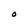
Character: O